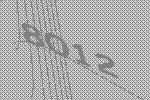
8012